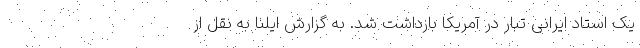
یک استاد ایرانی تبار در آمریکا بازداشت شد. به گزارش ایلنا به نقل از